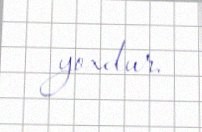
yoxdur.